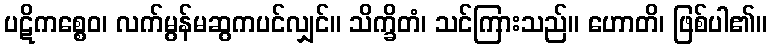
ပဋိကစ္စေဝ၊ လက်မွန်မဆွကပင်လျှင်။ သိက္ခိတံ၊ သင်ကြားသည်။ ဟောတိ၊ ဖြစ်ပါ၏။